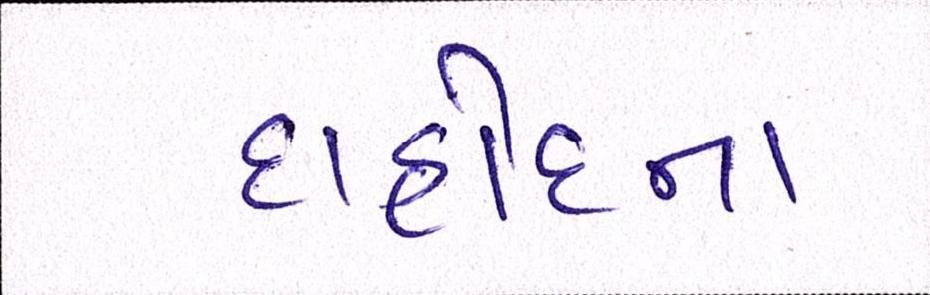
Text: દાહોદના